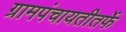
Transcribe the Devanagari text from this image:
ग्रामपंचायतीतर्फे